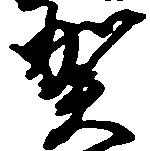
賀